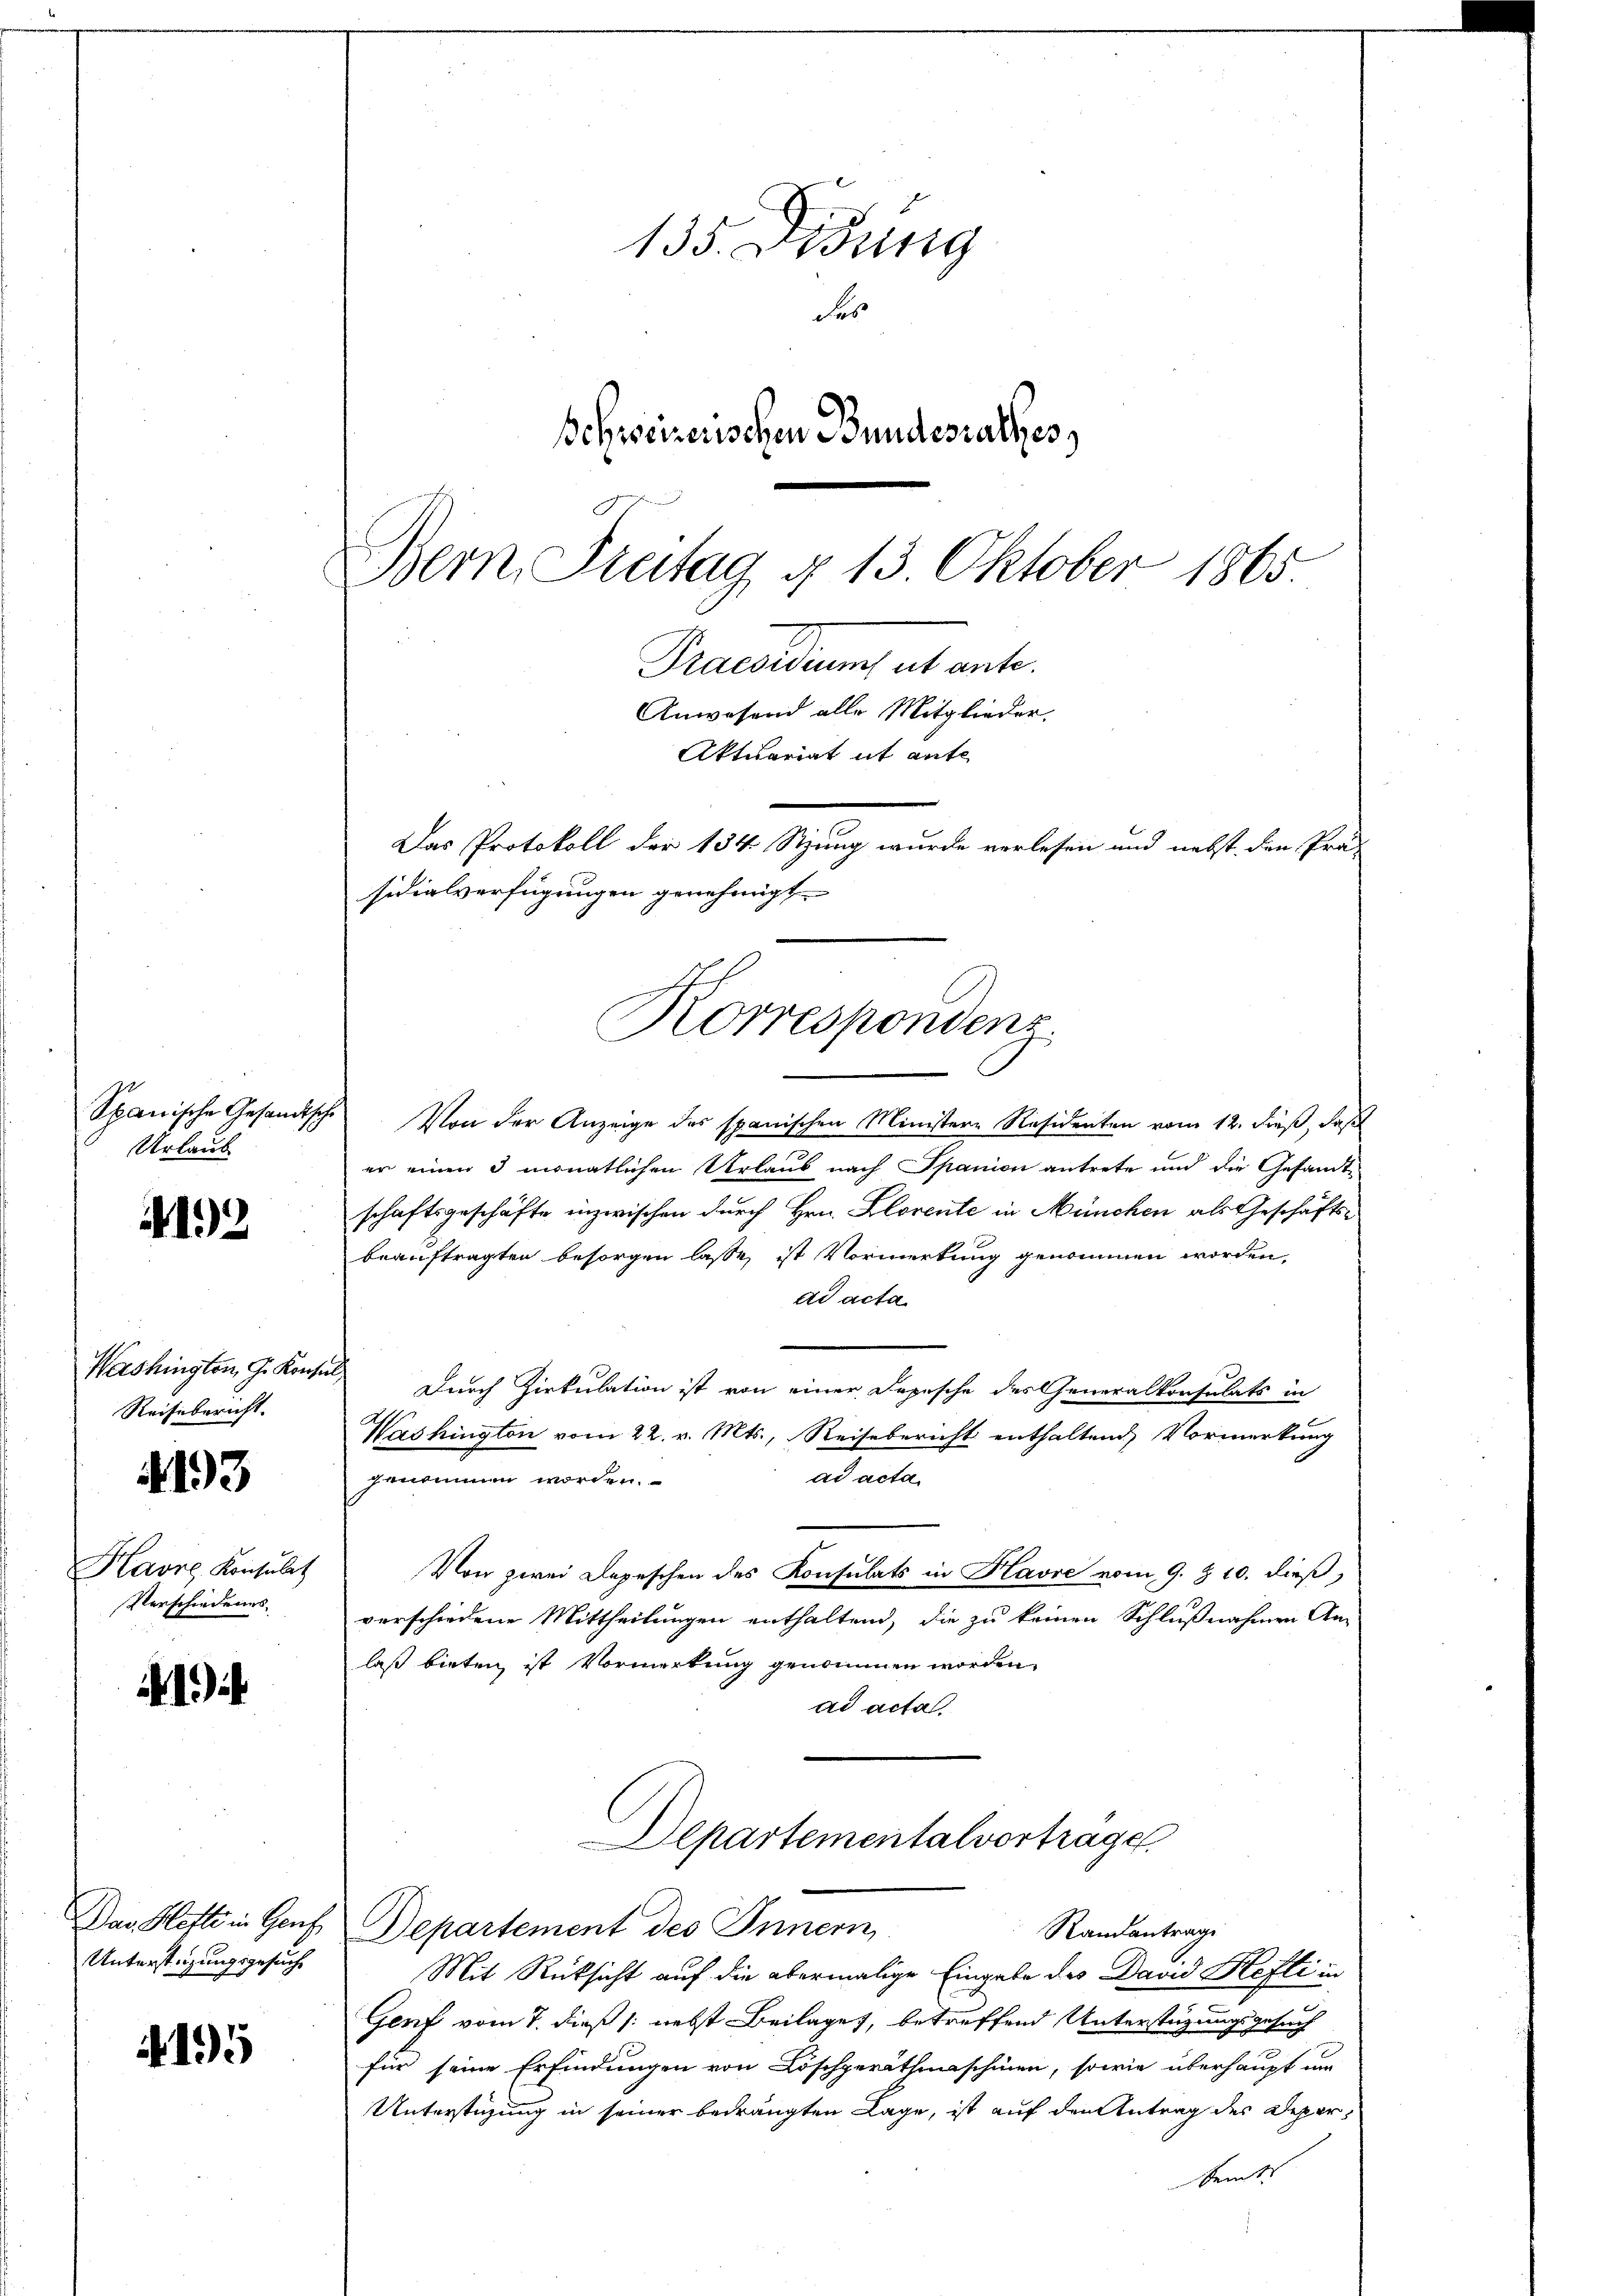
Spanische Gesandtsch
Urlaub

192

Washington G. Konse
Reisenbericht. |

193

Havre, Konsulat
Verschiedenes

1

Das Hette in Genf
Unterstüzungsgesuche

4195

135. Disung
Fes
Schweizerischen Bundesrathes
Bern Freitag § 13. Oktober 1865

Praesidiums ut ante.
Anwesend alle Mitglieder.
Aktuariat it ante
Das Protokoll der 134 Stzung wurde verlesen und nebst den Prä-
sidialverfügungen genehmigt
Korrespondenz

Von der Anzeige des spanischen Ministere Residenten vom 12. dieß, daß
er einen 3 monatlichen Urlaub nach Spanien antrete und die Gesandte
schaftsgeschäfte inzwischen durch Hrn. Blorente in München als Geschäftsbeauftragten besorgen lasse, ist Vormerkung genommen worden,
ad acta
Durch Zirkulation ist von einer Dopische des Generalkonsulats in
Washington vom 22. v. Mts., Reisebericht enthaltend, Vormerkung
ad acta
genommen worden.
Von zwei Depeschen des Konsulats in Havre vom 9. Z. 10. dieß,
verschiedene Mittheilungen enthaltend, die zu keinen Schlußnahmen An-
laß bieten ist Vormerkung genommen worden.
ad acta.
Departementalvertrage.
Departement des Innern,
Randantrage
Mit Rücksicht auf die abermalige Eingabe des David Hefti in
Genf vom 7. dieß (: nebst Beilages, betreffend Unterstüzungsgesuch
für seine Erfindungen von Löschgeräthmaschinen, sowie überhaupt um
Unterstüzung in seiner bedrängten Lage, ist auf den Antrag des Deper,
keit